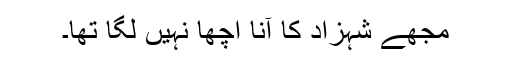
مجھے شہزاد کا آنا اچھا نہیں لگا تھا۔